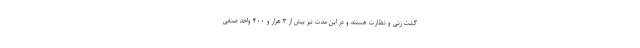
گشت زنی و نظارت هستند و در این مدت نیز بیش از ۳ هزار و ۴۰۰ واحد صنفی